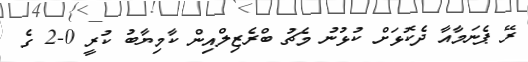
ރޭ ޕެނަމާއާ ދެކޮޅަށް ކުޅުނު މެޗު ބްރެޒިލްއިން ކާމިޔާބު ކުރީ 0-2 ގެ